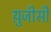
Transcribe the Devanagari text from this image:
यु़जीसी